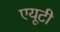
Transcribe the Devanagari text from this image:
एयूटी